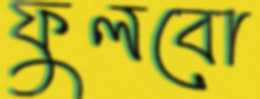
ফুলবো